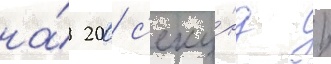
на́ 200 с'еку́нд /